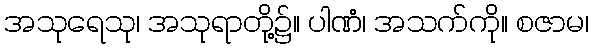
အသုရေသု၊ အသုရာတို့၌။ ပါဏံ၊ အသက်ကို။ စဇာမ၊